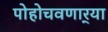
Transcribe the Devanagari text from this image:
पोहोचवणार्‍या